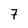
Character: 7